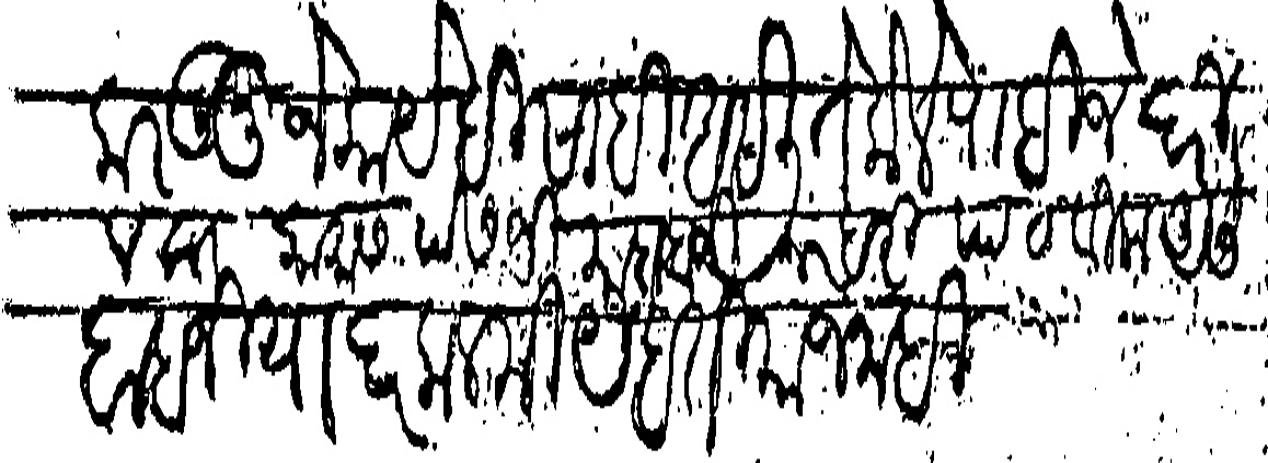
Transliteration (Devanagari): करऊनू जे काय हिसाबी असली ते केले पाहिजे दरीवला कामास पेसजी माहादजी नरहरी पाठवीला असे बाब जियादा कलमी येहतीयाज नाही